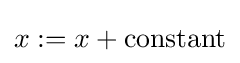
x:=x+{\text{constant}}